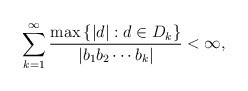
\begin{align*}\sum_{k=1}^{\infty} \frac{\max \left\{| d |: d \in D_{k}\right\}}{\left|b_{1} b_{2} \cdots b_{k}\right|}<\infty, \end{align*}